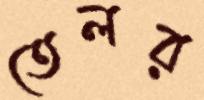
তেলর